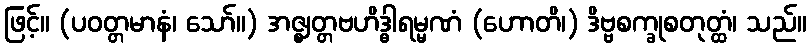
ဖြင့်။ (ပဝတ္တမာနံ၊ သော်။) အဇ္ဈတ္တဗဟိဒ္ဓါရမ္မဏံ (ဟောတိ၊) ဒိဗ္ဗစက္ခုစတုတ္ထံ၊ သည်။